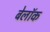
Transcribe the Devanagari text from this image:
बेलॉक